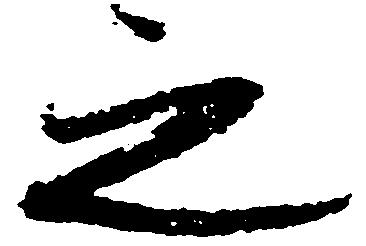
之